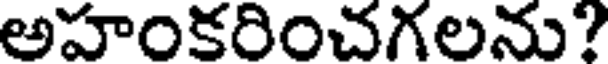
అహంకరించగలను?